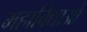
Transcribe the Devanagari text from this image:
महाविद्याओ